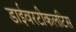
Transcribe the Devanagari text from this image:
डाईवरटीकलटिस